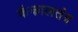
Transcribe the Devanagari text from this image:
कंकालतंत्र